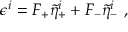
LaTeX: \epsilon ^ { i } = F _ { + } \tilde { \eta } _ { + } ^ { i } + F _ { - } \tilde { \eta } _ { - } ^ { i } \ ,